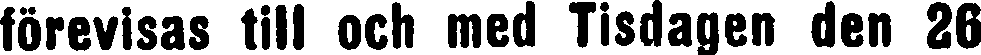
tosevisas till och med Tisdagen den 26